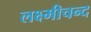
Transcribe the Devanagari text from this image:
लक्ष्मीचन्द